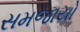
સમજાયો